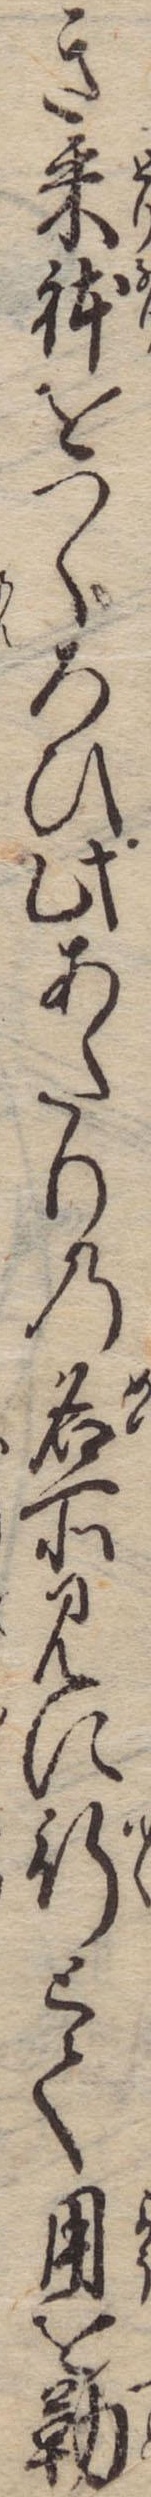
き采体をつくろひ此あたりの名所見に行とて用を勤